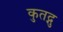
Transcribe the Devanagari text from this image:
कुतद्गु